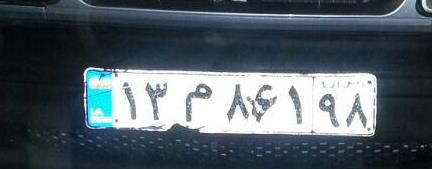
۱۳م۸۶۱۹۸